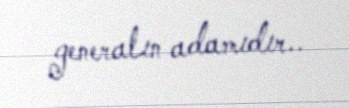
generalın adamıdır..